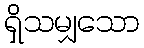
ရှိသမျှသော